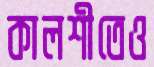
কালশীতেও